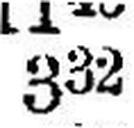
332